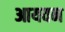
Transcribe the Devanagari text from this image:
आयवन